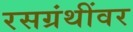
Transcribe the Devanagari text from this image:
रसग्रंथींवर